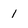
Character: 1